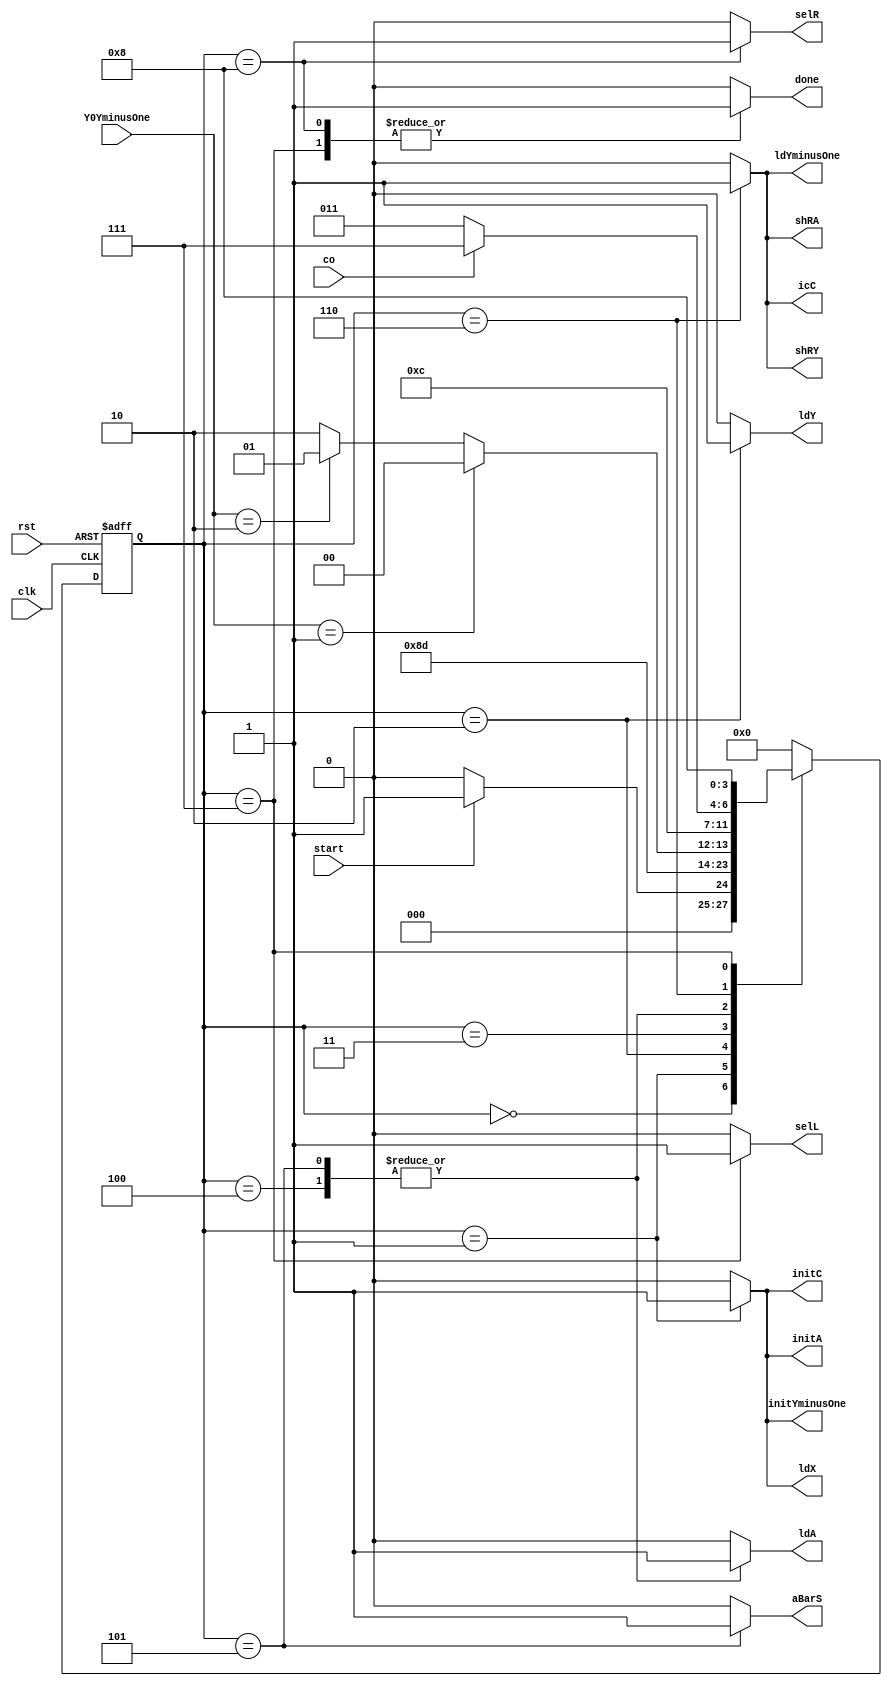
module StateMachine (clk, rst, start, Y0YminusOne, co, done, ldX, ldY, ldA, initA, initC, initYminusOne,
			 aBarS, shRA, shRY, icC, ldYminusOne, selR, selL);
input clk;
input rst;
input start;
input [1:0] Y0YminusOne;
input co;
output reg done;
output reg ldX;
output reg ldY;
output reg ldA;
output reg initA;
output reg initC;
output reg initYminusOne;
output reg aBarS;
output reg shRA;
output reg shRY;
output reg icC;
output reg ldYminusOne;
output reg selR;
output reg selL;

	parameter Idle = 4'b0000, Init1 = 4'b0001, Init2 = 4'b0010, Check = 4'b0011, Add = 4'b0100,
		Sub = 4'b0101, Shift = 4'b0110, Exp1 = 4'b0111, Exp2 = 4'b1000;
	reg [3:0] ns, ps; 

	always @(ps or start or co) begin
		ns = 4'b0000;
		case (ps)
		Idle: ns = start? Init1: Idle;
		Init1: ns = Init2;
		Init2: ns = Check;
		Check: ns = (Y0YminusOne == 2'b01)? Add:
			    (Y0YminusOne == 2'b10)? Sub: Shift;
		Add: ns = Shift;
		Sub: ns = Shift;
		Shift: ns = co? Exp1: Check;
		Exp1: ns = Exp2;
		Exp2: ns = Idle;
		default: ns = Idle;
		endcase
	end

	always @(ps) begin
		{done, ldX, ldY, ldA, initA, initC, initYminusOne,
			aBarS, shRA, shRY, icC, ldYminusOne, selR, selL} = 13'b0;
		case (ps)
		Init1: {ldX, initA, initC, initYminusOne} = 4'b1111;
		Init2: ldY = 1'b1;
		Add: {aBarS, ldA} = 2'b01;
		Sub: {aBarS, ldA} = 2'b11;
		Shift: {shRA, icC, shRY, ldYminusOne} = 4'b1111;
		Exp1: {done, selL} = 2'b11;
		Exp2:{done, selR} = 2'b11;
		endcase
	end

	always @(posedge clk or posedge rst) begin
		if (rst) ps <= 4'b0000;
		else ps <= ns;
	end

endmodule